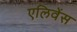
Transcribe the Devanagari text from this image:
एलिवेंस